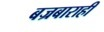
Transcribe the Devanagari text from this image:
बज्रबाराही